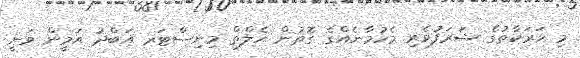
މި ހަރަކާތުގެ ޝަރަފުވެރި މެހުމާނެއްގެ ގޮތުން ހެލްތް މިނިސްޓަރ އަބްދު އަމީން ވަނީ